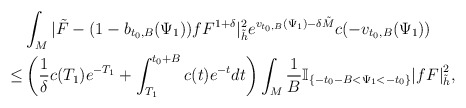
\begin{align*}&\int_{M}|\tilde{F}-(1-b_{t_0,B}(\Psi_1))fF^{1+\delta}|^2_{\tilde{h}}e^{v_{t_0,B}(\Psi_1)-\delta \tilde{M}}c(-v_{t_0,B}(\Psi_1))\\\le & \left(\frac{1}{\delta}c(T_1)e^{-T_1}+\int_{T_1}^{t_0+B}c(t)e^{-t}dt\right)\int_M \frac{1}{B} \mathbb{I}_{\{-t_0-B< \Psi_1 < -t_0\}} {|fF|}^2_{\tilde{h}},\end{align*}